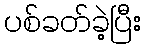
ပစ်ခတ်ခဲ့ပြီး